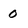
Character: 0